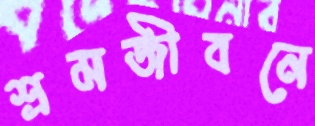
শ্রমজীবনে